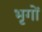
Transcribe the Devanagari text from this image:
भृगों